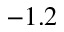
- 1 . 2